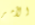
الأمر